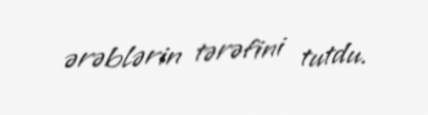
ərəblərin tərəfini tutdu.